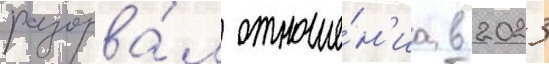
разорва́л отноше́н'иа в 2023